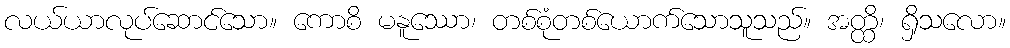
လယ်ယာလုပ်ဆောင်သော။ ကောစိ မနူဿော၊ တစ်စုံတစ်ယောက်သောသူသည်။ အတ္ထိ၊ ရှိသလော။